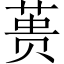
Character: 蒉